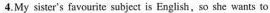
4. My sister's favourite subject is English, so she wants to